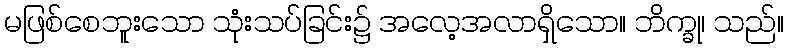
မဖြစ်စေဘူးသော သုံးသပ်ခြင်း၌ အလေ့အလာရှိသော။ ဘိက္ခု၊ သည်။